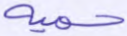
حمية